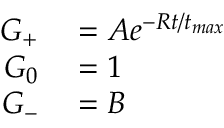
\begin{array} { r l } { G _ { + } } & { { } = A e ^ { - R t / t _ { m a x } } } \\ { G _ { 0 } } & { { } = 1 } \\ { G _ { - } } & { { } = B } \end{array}